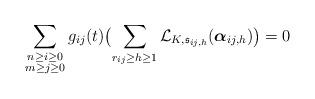
LaTeX: \begin{align*}\sum_{\substack{n\geq i\geq 0\\ m\geq j\geq 0}}g_{ij}(t)\bigl(\sum_{r_{ij}\geq h\geq 1}\mathcal{L}_{K, \mathfrak{s}_{ij,h}}({\boldsymbol \alpha_{ij,h}})\bigr)=0\end{align*}